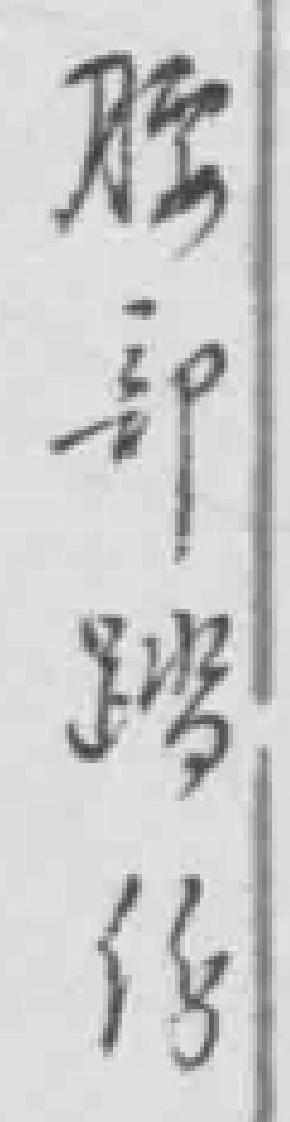
腰部踏傷